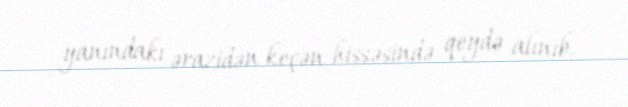
yanındakı ərazidən keçən hissəsində qeydə alınıb.